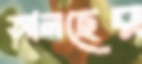
আনছের